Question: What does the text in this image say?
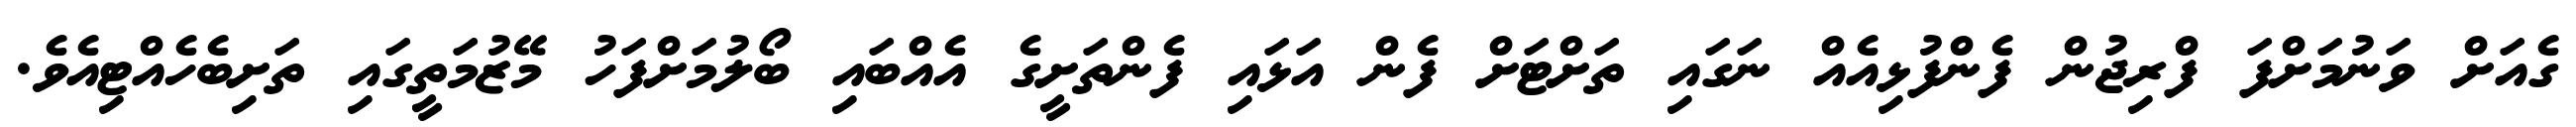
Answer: ގެއަށް ވަނުމަށްފަ ފްރިޖުން ފެންފުޅިއެއް ނަގައި ތަށްޓަށް ފެން އަޅައި ފެންތަށީގެ އެއްބައި ބޯލުމަށްފަހު މޭޒުމަތީގައި ތަށިބެހެއްޓިއެވެ.